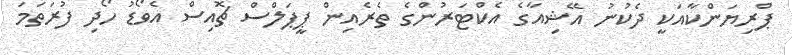
ޕްރިޔަންކާއަކީ ދެކުނު އޭޝިއާގެ އެކްޓަރުންގެ ތެރެއިން ޕީޕަލްސް ޗޮއިސް އެވޯޑު ހޯދި ފުރަތަމަ